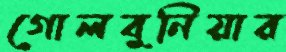
গোলবুনিয়ার